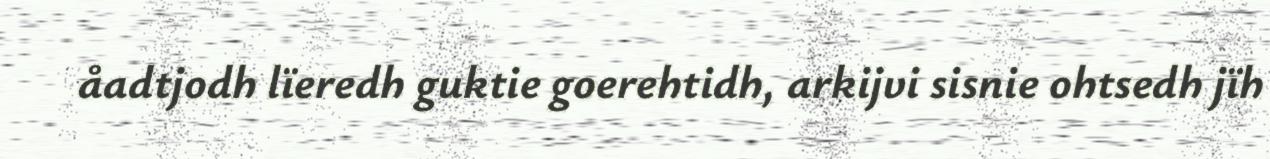
åadtjodh lïeredh guktie goerehtidh, arkijvi sisnie ohtsedh jïh